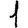
Digit: 1